Annual report of the Madras Medical College
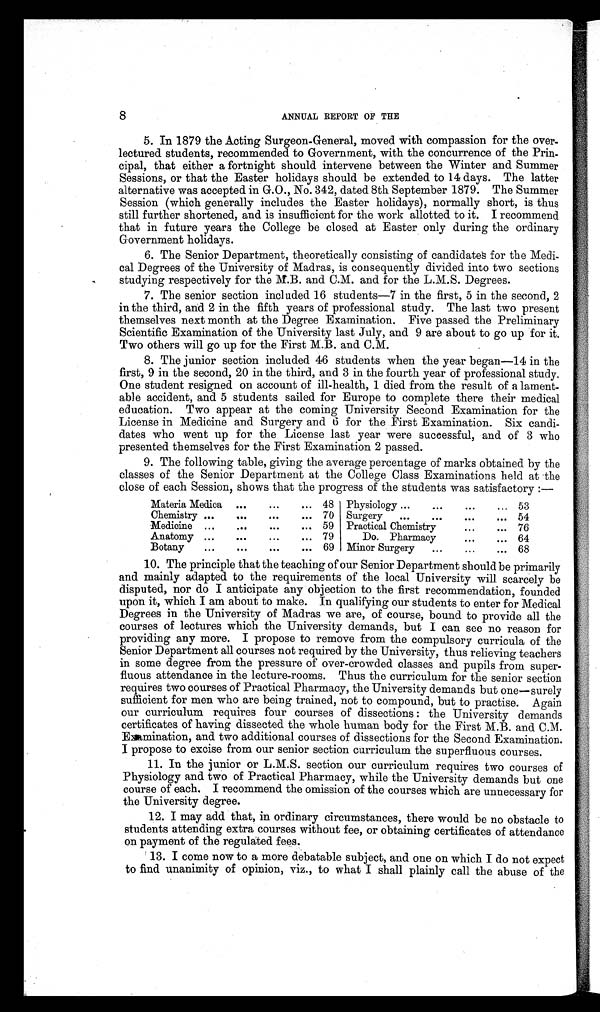
8
ANNUAL REPORT OF THE
5.
In 1879 the Acting Surgeon-General, moved with compassion for the over-
lectured students, recommended to Government, with the concurrence of the Prin-
cipal, that either a fortnight should intervene between the Winter and Summer
Sessions, or that the Easter holidays should be extended to 14 days. The latter
alternative was accepted in G.O., No. 342, dated 8th September 1879. The Summer
Session (which generally includes the Easter holidays), normally short, is thus
still further shortened, and is insufficient for the work allotted to it. I recommend
that in future years the College be closed at Easter only during the ordinary
Government holidays.
6.
The Senior Department, theoretically consisting of candidates for the Medi-
cal Degrees of the University of Madras, is consequently divided into two sections
studying respectively for the M.B. and C.M. and for the L.M.S. Degrees.
7.
The senior section included 16 students-7 in the first, 5 in the second, 2
in the third, and 2 in the fifth years of professional study. The last two present
themselves next month at the Degree Examination. Five passed the Preliminary
Scientific Examination of the University last July, and 9 are about to go up for it.
Two others will go up for the First M.B. and C.M.
8.
The junior section included 46 students when the year began-14 in the
first, 9 in the second, 20 in the third, and 3 in the fourth year of professional study.
One student resigned on account of ill-health, 1 died from the result of a lament-
able accident, and 5 students sailed for Europe to complete there their medical
education. Two appear at the coming University Second Examination for the
License in Medicine and Surgery and 6 for the First Examination. Six candi-
dates who went up for the License last year were successful, and of 3 who
presented themselves for the First Examination 2 passed.
9.
The following table, giving the average percentage of marks obtained by the
classes of the Senior Department at the College Class Examinations held at the
close of each Session, shows that the progress of the students was satisfactory:—
Materia Medica
48
Physiology
53
Chemistry
70
Surgery
54
Medicine
59
Practical Chemistry
76
Anatomy
79
Do. Pharmacy
64
Botany
69
Minor Surgery
68
10.
The principle that the teaching of our Senior Department should be primarily
and mainly adapted to the requirements of the local University will scarcely be
disputed, nor do I anticipate any objection to the first recommendation, founded
upon it, which I am about to make. In qualifying our students to enter for Medical
Degrees in the University of Madras we are, of course, bound to provide all the
courses of lectures which the University demands, but I can see no reason for
providing any more. I propose to remove from the compulsory curricula of the
Senior Department all courses not required by the University, thus relieving teachers
in some degree from the pressure of over-crowded classes and pupils from super-
fluous attendance in the lecture-rooms. Thus the curriculum for the senior section
requires two courses of Practical Pharmacy, the University demands but one—surely
sufficient for men who are being trained, not to compound, but to practise. Again
our curriculum requires four courses of dissections: the University demands
certificates of having dissected the whole human body for the First M.B. and C.M.
Examination, and two additional courses of dissections for the Second Examination.
I propose to excise from our senior section curriculum the superfluous courses.
11.
In the junior or L.M.S. section our curriculum requires two courses of
Physiology and two of Practical Pharmacy, while the University demands but one
course of each. I recommend the omission of the courses which are unnecessary for
the University degree.
12. I may add that, in ordinary circumstances, there would be no obstacle to
students attending extra courses without fee, or obtaining certificates of attendance
on payment of the regulated fees.
13.
I come now to a more debatable subject, and one on which I do not expect
to find unanimity of opinion, viz., to what I shall plainly call the abuse of the